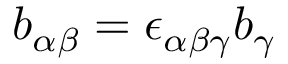
b _ { \alpha \beta } = \epsilon _ { \alpha \beta \gamma } b _ { \gamma }